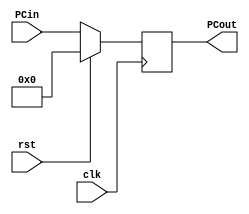
module PC(clk, rst, PCin,PCout);

    input clk, rst;
    input [31:0]PCin;
    output reg [31:0]PCout;

    always @(posedge clk)  begin 
        if(rst)   
            PCout = 0;  
        else
            PCout = PCin;  
    end

endmodule